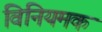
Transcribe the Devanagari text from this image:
विनियमक